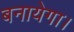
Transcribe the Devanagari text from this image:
बनायेगा।